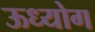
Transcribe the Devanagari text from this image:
ऊध्योग